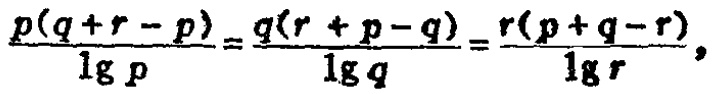
\(\frac{p(q + r - p)}{\lg p}=\frac{q(r + p - q)}{\lg q}=\frac{r(p + q - r)}{\lg r},\)